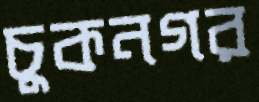
চুকনগর